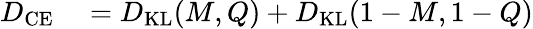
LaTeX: \begin{array}{rl}{D_{\mathrm{CE}}}&{{}=D_{\mathrm{KL}}(M,Q)+D_{\mathrm{KL}}(1-M,1-Q)}\end{array}